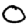
Digit: 0